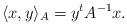
LaTeX: \begin{align*}\langle x, y \rangle_A = y^t A^{-1} x.\end{align*}